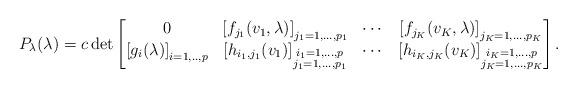
LaTeX: \begin{align*}P_\lambda(\lambda)=c\det\begin{bmatrix}0 & \left[f_{j_1}(v_1,\lambda)\right]_{j_1=1,...,p_1} & \cdots & \left[f_{j_K}(v_K,\lambda)\right]_{j_K=1,...,p_K}\\\left[g_i(\lambda)\right]_{i=1,..,p}& \left[h_{i_1,j_1}(v_1)\right]_{\substack{i_1=1,...,p\\j_1=1,...,p_1}} & \cdots & \left[h_{i_K,j_K}(v_K)\right]_{\substack{i_K=1,...,p\\j_K=1,...,p_K}}\end{bmatrix}.\end{align*}